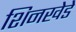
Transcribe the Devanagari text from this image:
शिनखेडे